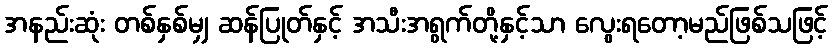
အနည်းဆုံး တစ်နှစ်မျှ ဆန်ပြုတ်နှင့် အသီးအရွက်တို့နှင့်သာ လွေးရတော့မည်ဖြစ်သဖြင့်